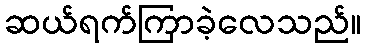
ဆယ်ရက်ကြာခဲ့လေသည်။